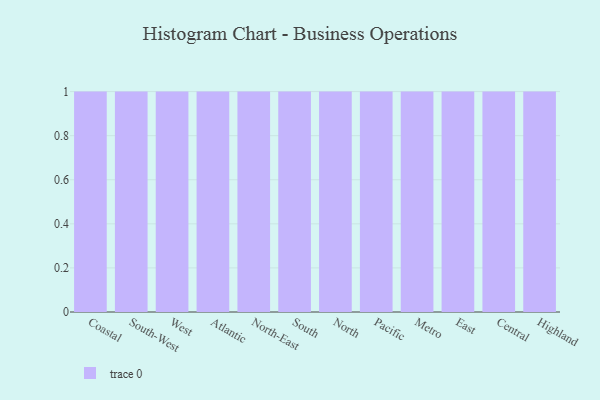
{"axis": {"x": "Region", "y": "Satisfaction Score"}, "legend": [""], "data": [{"x": "Coastal", "y": 55, "type": ""}, {"x": "South-West", "y": 54, "type": ""}, {"x": "West", "y": 35, "type": ""}, {"x": "Atlantic", "y": 1, "type": ""}, {"x": "North-East", "y": 35, "type": ""}, {"x": "South", "y": 80, "type": ""}, {"x": "North", "y": 52, "type": ""}, {"x": "Pacific", "y": 6, "type": ""}, {"x": "Metro", "y": 84, "type": ""}, {"x": "East", "y": 1, "type": ""}, {"x": "Central", "y": 67, "type": ""}, {"x": "Highland", "y": 17, "type": ""}]}